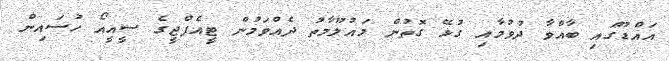
އައްޑޫގައި ބާއްވާ ދުވުމާއި ގުޅޭ ގޮތުން މައުލޫމާތު ދެއްވަމުން ޓީއެފްޖީގެ ސީއީއޯ ހުސައިން